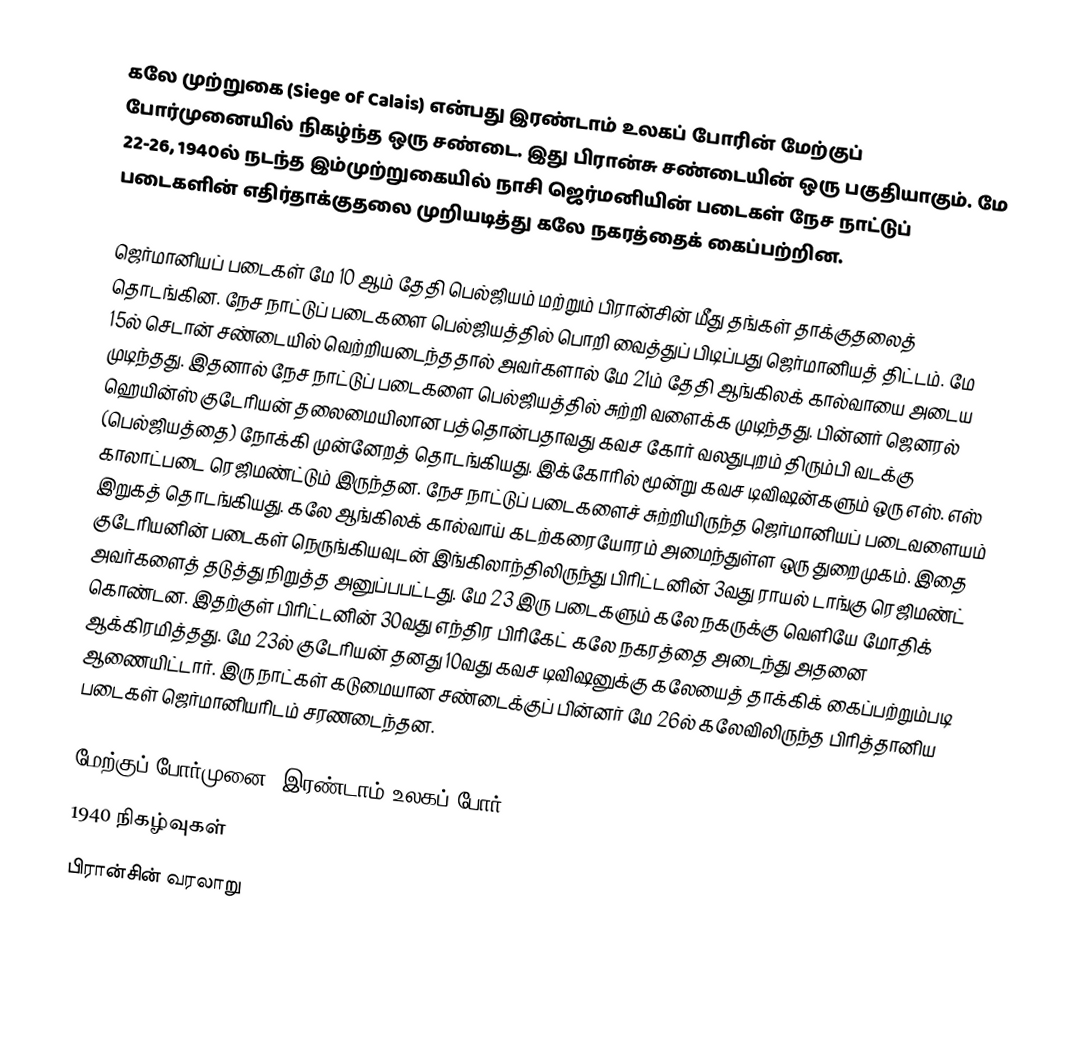
கலே முற்றுகை (Siege of Calais) என்பது இரண்டாம் உலகப் போரின் மேற்குப் போர்முனையில் நிகழ்ந்த ஒரு சண்டை. இது பிரான்சு சண்டையின் ஒரு பகுதியாகும். மே 22-26, 1940ல் நடந்த இம்முற்றுகையில் நாசி ஜெர்மனியின் படைகள் நேச நாட்டுப் படைகளின் எதிர்தாக்குதலை முறியடித்து கலே நகரத்தைக் கைப்பற்றின.

ஜெர்மானியப் படைகள் மே 10 ஆம் தேதி பெல்ஜியம் மற்றும் பிரான்சின் மீது தங்கள் தாக்குதலைத் தொடங்கின. நேச நாட்டுப் படைகளை பெல்ஜியத்தில் பொறி வைத்துப் பிடிப்பது ஜெர்மானியத் திட்டம். மே 15ல் செடான் சண்டையில் வெற்றியடைந்ததால் அவர்களால் மே 21ம் தேதி ஆங்கிலக் கால்வாயை அடைய முடிந்தது. இதனால் நேச நாட்டுப் படைகளை பெல்ஜியத்தில் சுற்றி வளைக்க முடிந்தது. பின்னர் ஜெனரல் ஹெயின்ஸ் குடேரியன் தலைமையிலான பத்தொன்பதாவது கவச கோர் வலதுபுறம் திரும்பி வடக்கு (பெல்ஜியத்தை) நோக்கி முன்னேறத் தொடங்கியது. இக்கோரில் மூன்று கவச டிவிஷன்களும் ஒரு எஸ். எஸ் காலாட்படை ரெஜிமண்ட்டும் இருந்தன. நேச நாட்டுப் படைகளைச் சுற்றியிருந்த ஜெர்மானியப் படைவளையம் இறுகத் தொடங்கியது. கலே ஆங்கிலக் கால்வாய் கடற்கரையோரம் அமைந்துள்ள ஒரு துறைமுகம். இதை குடேரியனின் படைகள் நெருங்கியவுடன் இங்கிலாந்திலிருந்து பிரிட்டனின் 3வது ராயல் டாங்கு ரெஜிமண்ட் அவர்களைத் தடுத்து நிறுத்த அனுப்பபட்டது. மே 23 இரு படைகளும் கலே நகருக்கு வெளியே மோதிக் கொண்டன. இதற்குள் பிரிட்டனின் 30வது எந்திர பிரிகேட் கலே நகரத்தை அடைந்து அதனை ஆக்கிரமித்தது. மே 23ல் குடேரியன் தனது 10வது கவச டிவிஷனுக்கு கலேயைத் தாக்கிக் கைப்பற்றும்படி ஆணையிட்டார். இரு நாட்கள் கடுமையான சண்டைக்குப் பின்னர் மே 26ல் கலேவிலிருந்த பிரித்தானிய படைகள் ஜெர்மானியரிடம் சரணடைந்தன.

மேற்குப் போர்முனை (இரண்டாம் உலகப் போர்)
1940 நிகழ்வுகள்
பிரான்சின் வரலாறு